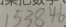
1 5 3 8 4 6